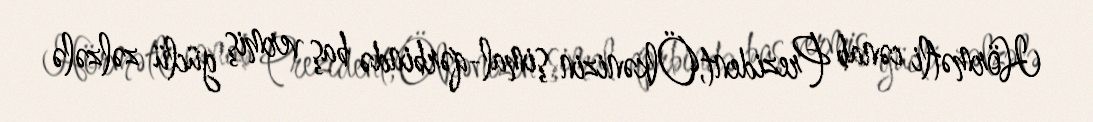
Hörmətli cənab Prezident,Ölkənizin şimal-qərbində baş vermiş güclü zəlzələ